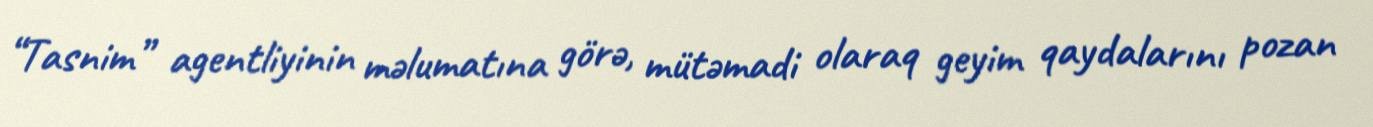
“Tasnim” agentliyinin məlumatına görə, mütəmadi olaraq geyim qaydalarını pozan